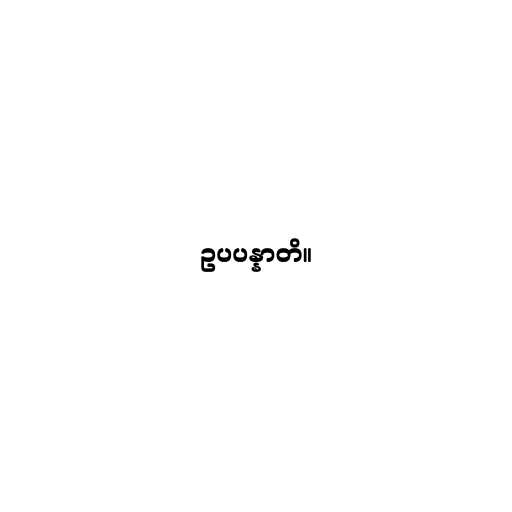
ဥပပန္နာတိ။